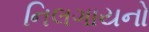
નિલગાયનો